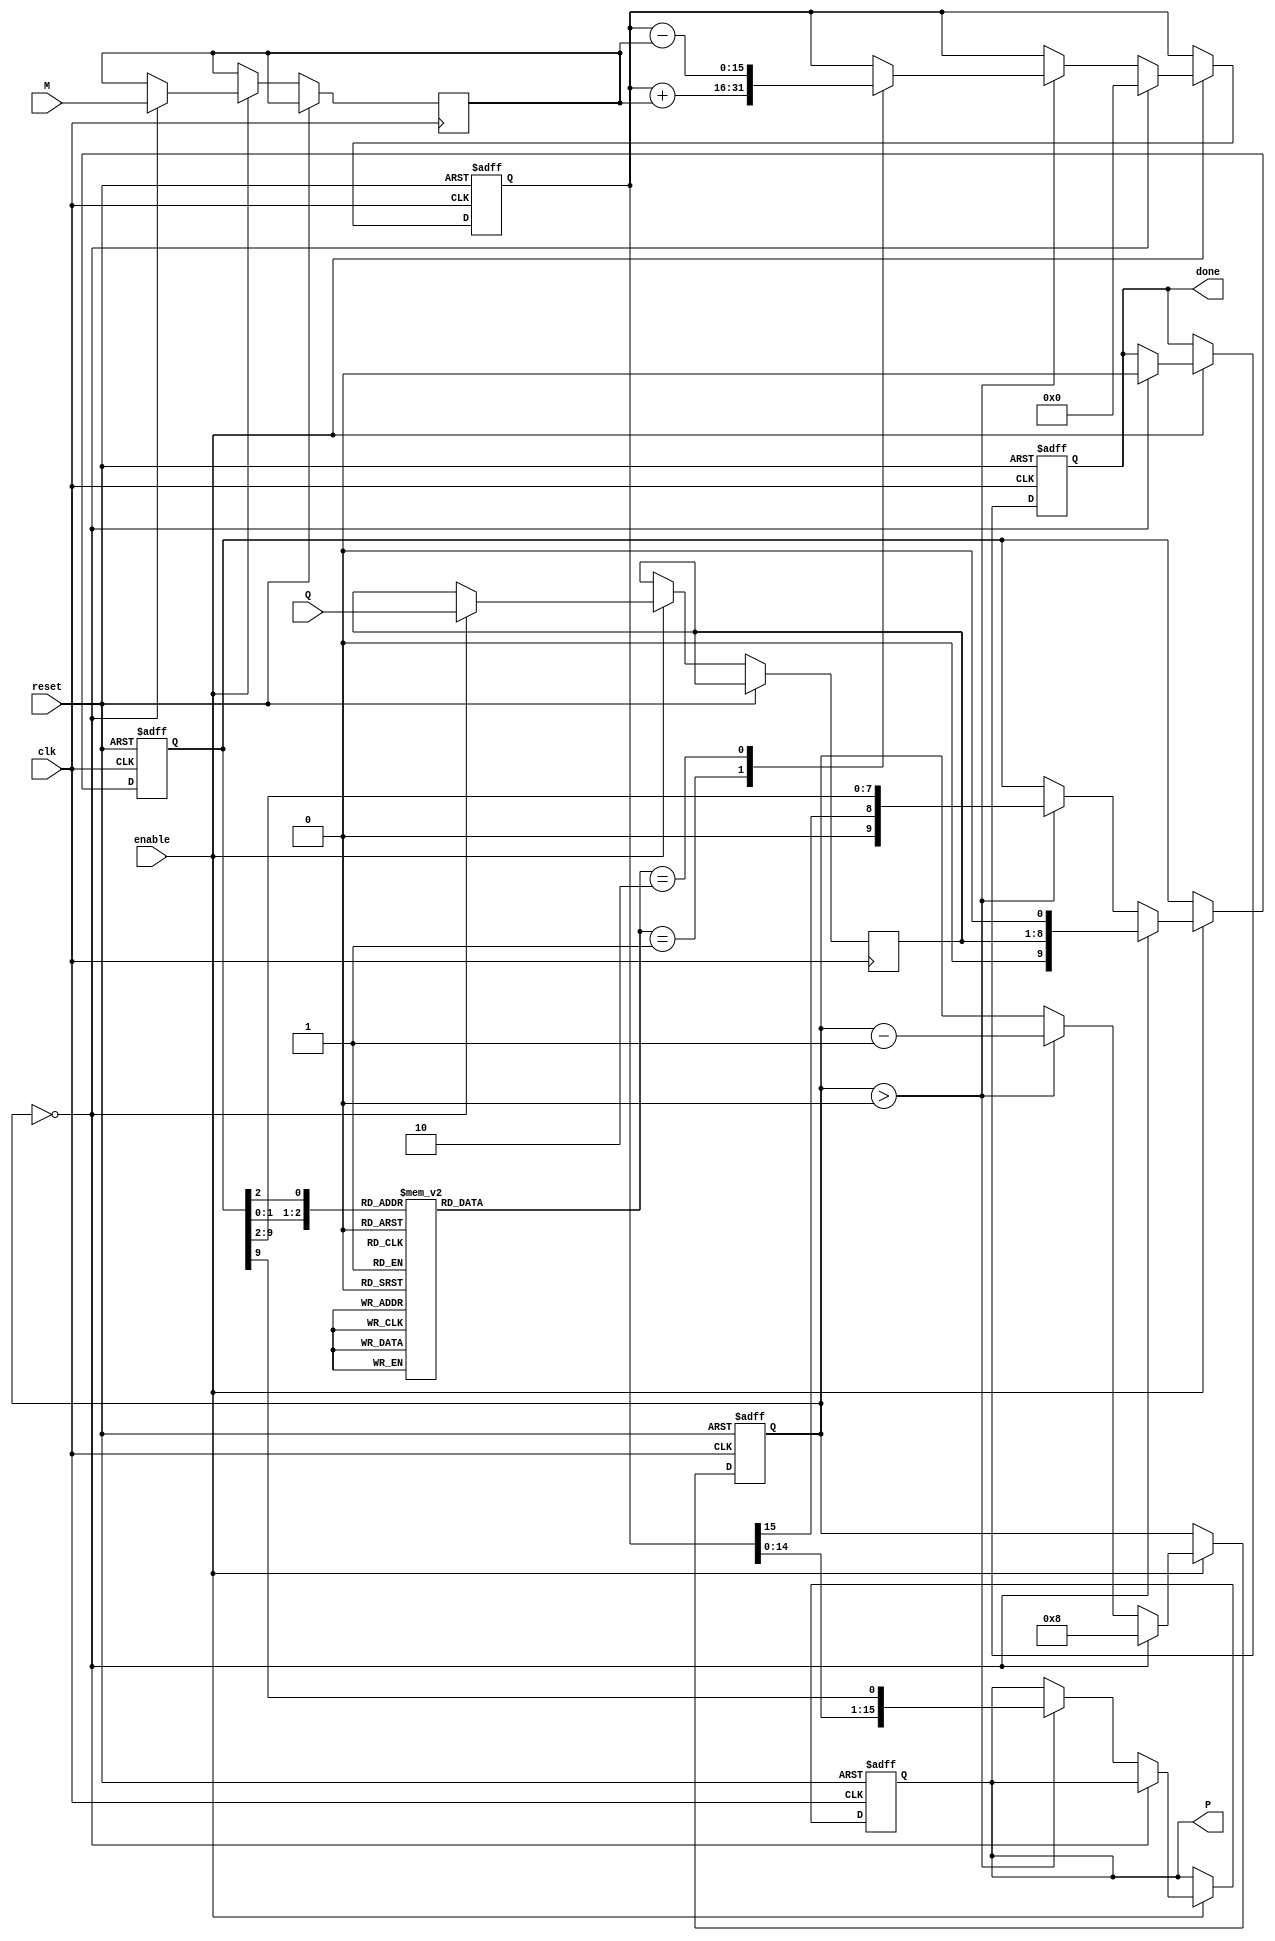
module modified_booth_multiplier #(
    parameter WIDTH = 8 // Bit-width for multiplicand and multiplier
)(
    input wire clk,
    input wire reset,
    input wire enable,
    input wire signed [WIDTH-1:0] M, // Multiplicand
    input wire signed [WIDTH-1:0] Q, // Multiplier
    output reg signed [2*WIDTH-1:0] P, // Product
    output reg done // Status signal for completion
);

    reg [WIDTH-1:0] multiplicand;
    reg [WIDTH-1:0] multiplier;
    reg [2*WIDTH-1:0] partial_product;
    reg [WIDTH+1:0] Q_ext; // Extended multiplier for Booth encoding
    reg [3:0] count; // Counter for the number of bits processed
    reg [1:0] booth_code; // Booth encoding result

    // Booth encoding logic
    always @(*) begin
        case ({Q_ext[1:0], Q_ext[2]})
            3'b000: booth_code = 2'b00; // No action
            3'b001: booth_code = 2'b01; // Add M
            3'b010: booth_code = 2'b01; // Add M
            3'b011: booth_code = 2'b10; // Subtract M
            3'b100: booth_code = 2'b10; // Subtract M
            3'b101: booth_code = 2'b11; // No action
            3'b110: booth_code = 2'b11; // No action
            3'b111: booth_code = 2'b00; // No action
            default: booth_code = 2'b00; // Default case
        endcase
    end

    // Main operation
    always @(posedge clk or posedge reset) begin
        if (reset) begin
            P <= 0;
            partial_product <= 0;
            Q_ext <= 0;
            count <= 0;
            done <= 0;
        end else if (enable) begin
            if (count == 0) begin
                // Initialize values
                multiplicand <= M;
                multiplier <= Q;
                Q_ext <= {1'b0, multiplier, 1'b0}; // Extend Q with a zero
                partial_product <= 0;
                count <= WIDTH; // Set count to the width of the multiplier
                done <= 0;
            end else if (count > 0) begin
                // Perform Booth's algorithm
                case (booth_code)
                    2'b01: partial_product <= partial_product + multiplicand; // Add M
                    2'b10: partial_product <= partial_product - multiplicand; // Subtract M
                    default: partial_product <= partial_product; // No action
                endcase

                // Shift the partial product and Q_ext
                P <= {partial_product[2*WIDTH-2:0], Q_ext[WIDTH+1]}; // Shift left
                Q_ext <= {partial_product[2*WIDTH-1], Q_ext[WIDTH+1:2]}; // Shift Q_ext

                // Decrement the count
                count <= count - 1;
            end else if (count == 0) begin
                // Final output
                P <= partial_product; // Assign final product
                done <= 1; // Indicate completion
            end
        end
    end

endmodule